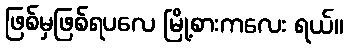
ဖြစ်မှဖြစ်ရပလေ မြို့စားကလေး ရယ်။